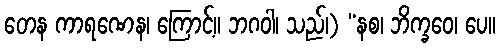
တေန ကာရဏေန၊ ကြောင့်။ ဘဂဝါ၊ သည်၊) “နစ၊ ဘိက္ခဝေ၊ ပေ။